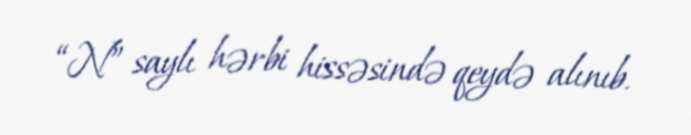
“N” saylı hərbi hissəsində qeydə alınıb.